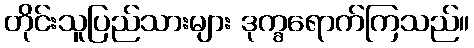
တိုင်းသူပြည်သားများ ဒုက္ခရောက်ကြသည်။